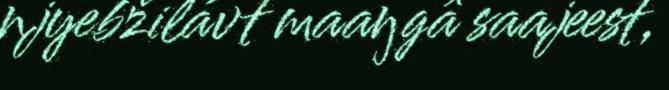
njyebžilávt maaŋgâ saajeest,